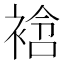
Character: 𧚼